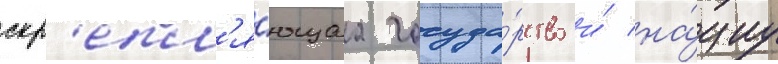
скр'епл'я́ющаа госуда́рство и́ на́циу